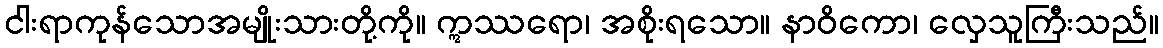
ငါးရာကုန်သောအမျိုးသားတို့ကို။ ဣဿရော၊ အစိုးရသော။ နာဝိကော၊ လှေသူကြီးသည်။